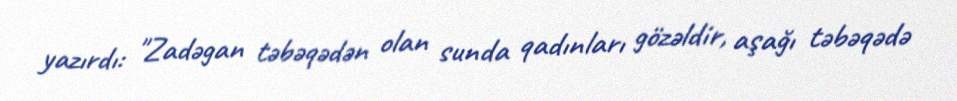
yazırdı: "Zadəgan təbəqədən olan sunda qadınları gözəldir, aşağı təbəqədə